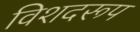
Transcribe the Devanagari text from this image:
विशदरूप